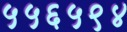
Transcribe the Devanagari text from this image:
५५६५९४